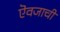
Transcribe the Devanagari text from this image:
ऎवजाची